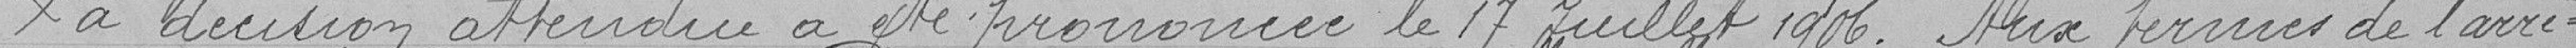
La décision attendue a été prononcée le 17 juillet 1906. Aux termes de l'arrê-